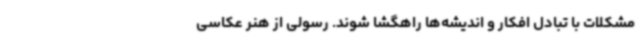
مشکلات با تبادل افکار و اندیشه‌ها راهگشا شوند. رسولی از هنر عکاسی